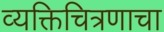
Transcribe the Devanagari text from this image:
व्यक्तिचित्रणाचा